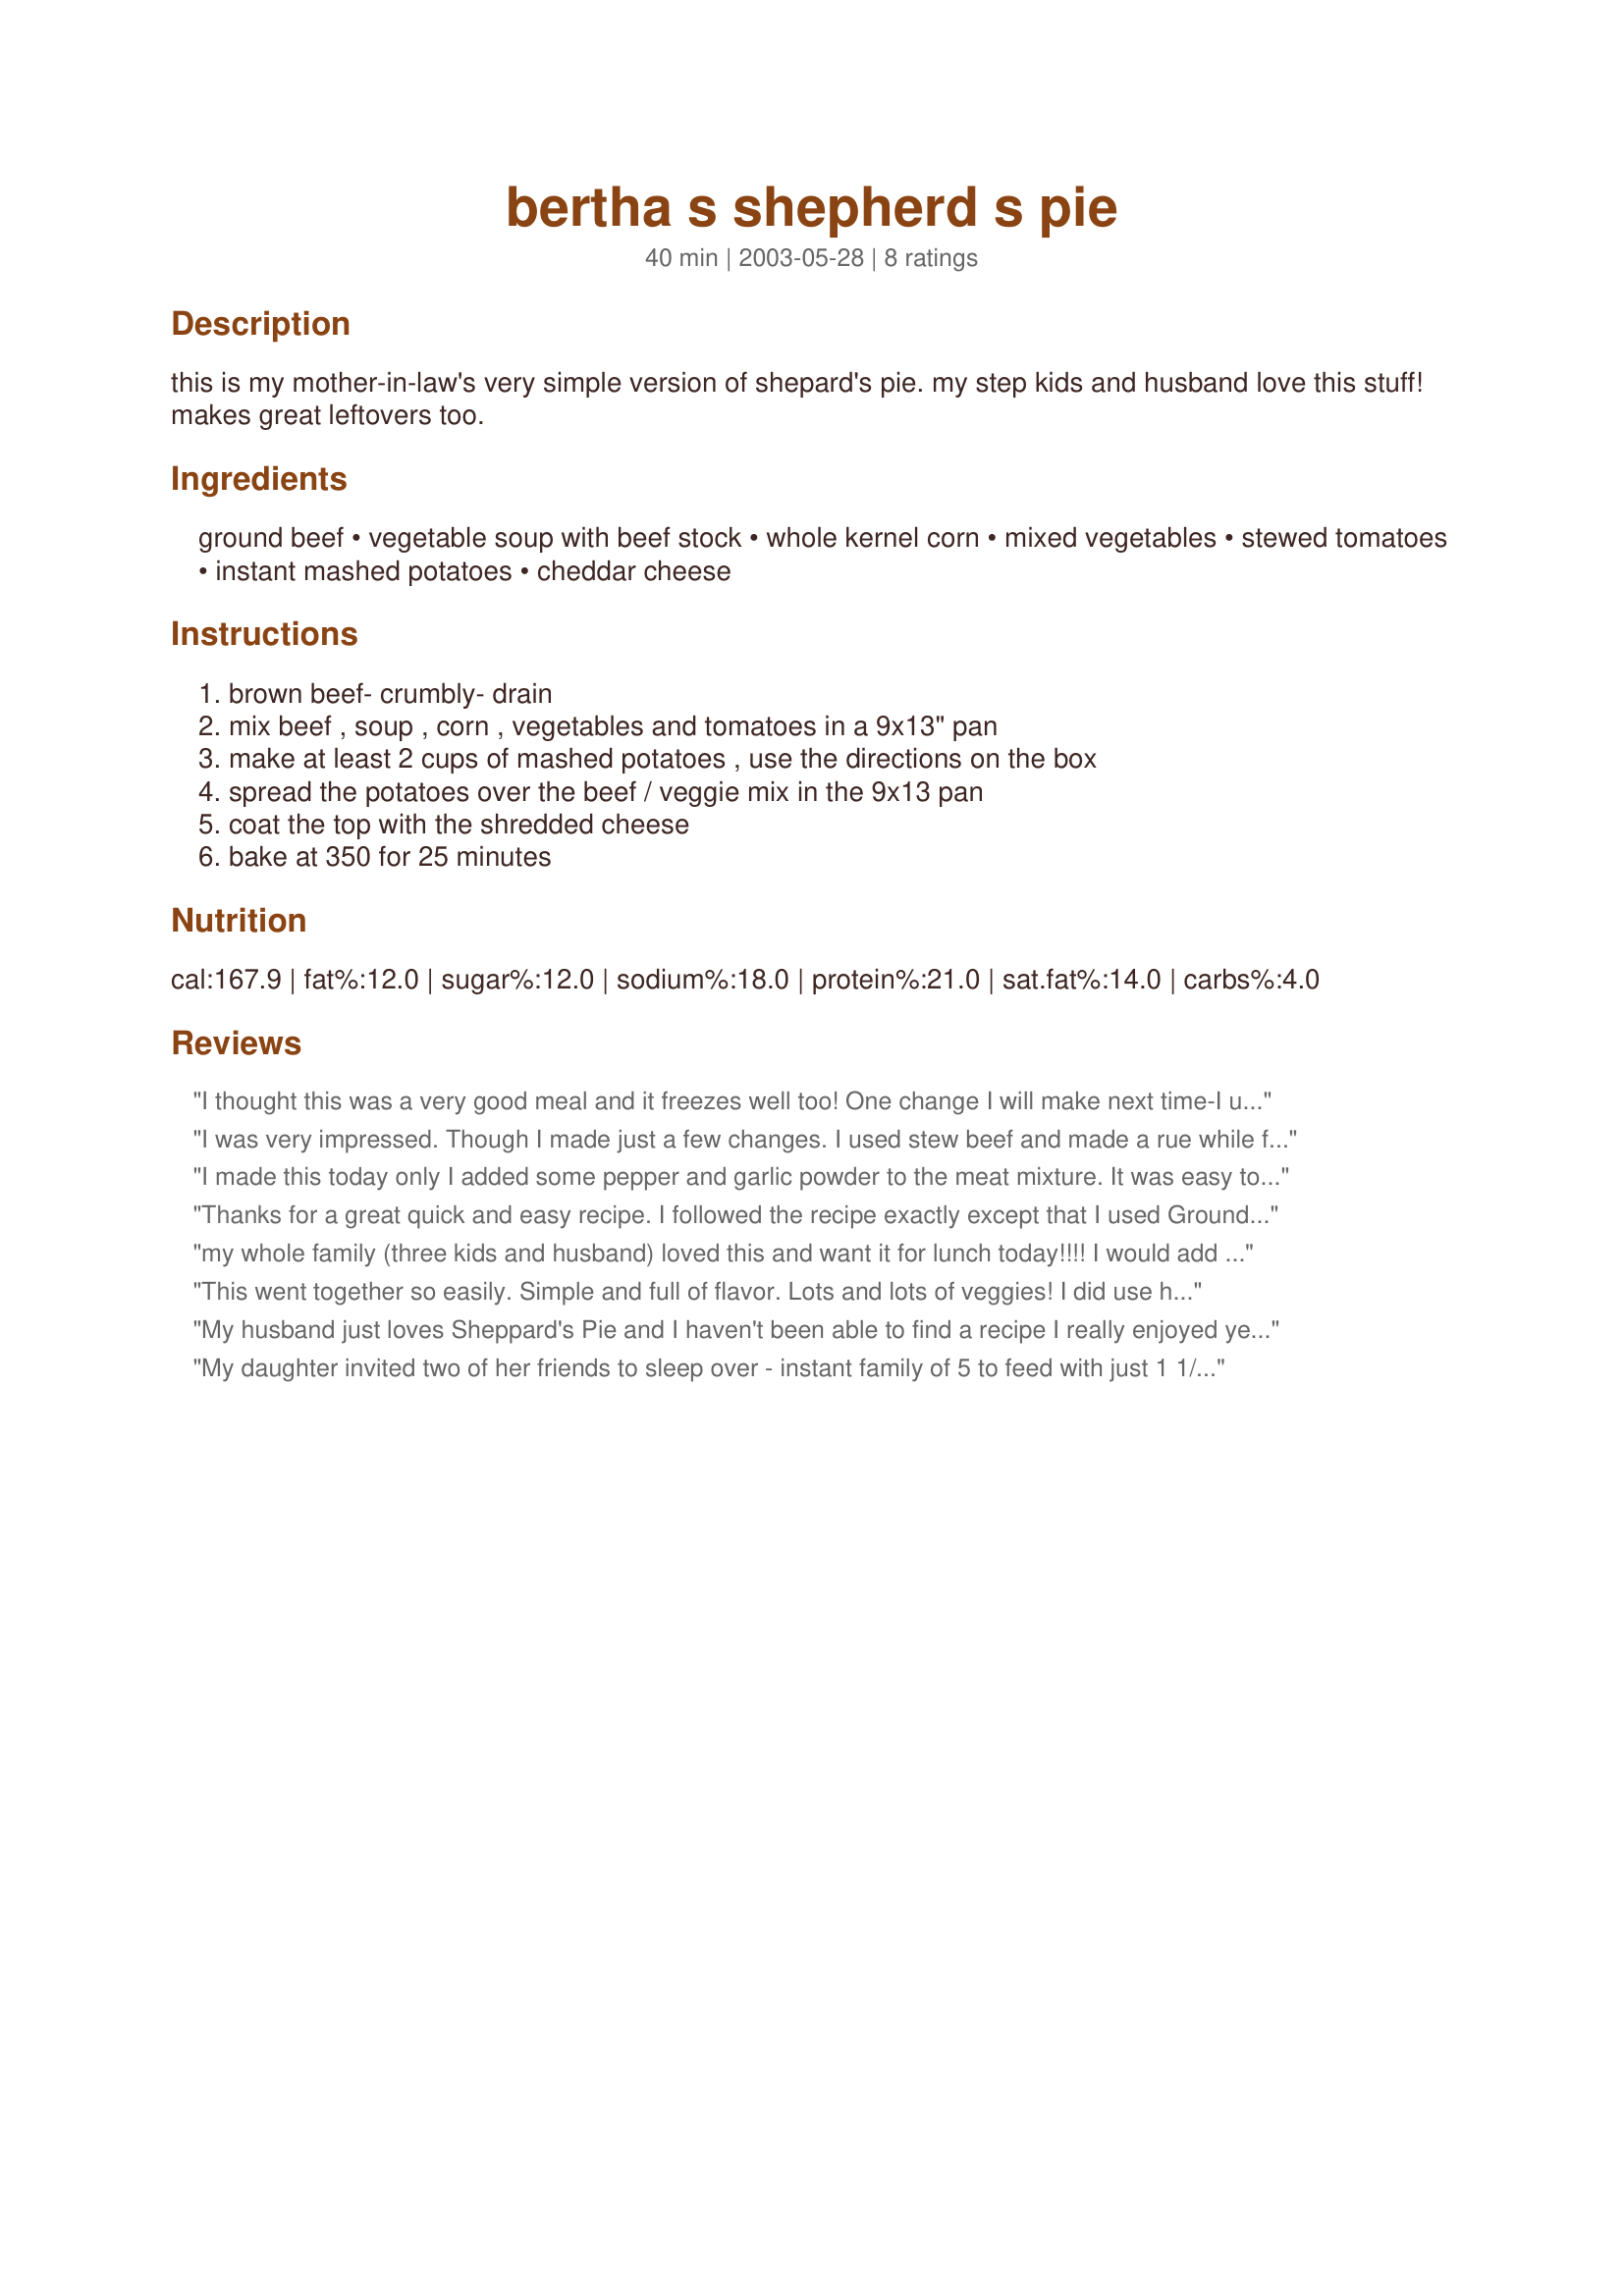
bertha s shepherd s pie
Preparation time: 40 minutes

this is my mother-in-law's very simple version of shepard's pie. my step kids and husband love this stuff! makes great leftovers too.

Ingredients:
ground beef, vegetable soup with beef stock, whole kernel corn, mixed vegetables, stewed tomatoes, instant mashed potatoes, cheddar cheese

Steps:
brown beef- crumbly- drain, mix beef , soup , corn , vegetables and tomatoes in a 9x13" pan, make at least 2 cups of mashed potatoes , use the directions on the box, spread the potatoes over the beef / veggie mix in the 9x13 pan, coat the top with the shredded cheese, bake at 350 for 25 minutes

Reviews:
I thought this was a very good meal and it freezes well too! One change I will make next time-I used the cheap instant mashed potatoes and you could tell-I will use a better quality potato next time. This will be a regular in our house.
I was very impressed. Though I made just a few changes. I used stew beef and made a rue while frying the beef before I added the beef stock. Then I added the corn with the mashed potatoes, a sneaky way to get my kids to eat their veggies. The entire thing was deliscious. Thanks.
I made this today only I added some pepper and garlic powder to the meat mixture. It was easy to put together and makes a great dish. Thanks
Thanks for a great quick and easy recipe. I followed the recipe exactly except that I used Ground Turkey, no salt added canned items and used Low Fat Cheese. Also I used the envelopes of Cheese Flavored Instant Potatoes and two of them made about 4 cups of potatoes and that worked out about right to cover everything. I served it with Crusty Bread. It was very tasty and I appreciate the recipe. It was easy to make and inexpensive.
my whole family (three kids and husband) loved this and want it for lunch today!!!! I would add onions next time....thank you for an easy and great recipe!
This went together so easily. Simple and full of flavor. Lots and lots of veggies! I did use homemade mashed potatoes and only about 1 1/2 cups of shredded cheese. Very yummy. Thanks for sharing!
My husband just loves Sheppard's Pie and I haven't been able to find a recipe I really enjoyed yet! This was easy and has the best flavor. Thanx; I finally found the one to keep! The only thing I did different was make my own garlic mashed potatoes for the top.
My daughter invited two of her friends to sleep over - instant family of 5 to feed with just 1 1/4 lb hamburger. Excellant go-to recipe as I had steak and veggie soups in cabinet. I definately will add to my 30 mins. or less meal menu. I did add some worcestershire to the filling and used some day old hot dog buns to make mini garlic breads with. It was a huge hit with all the kids (dh included). Thank you!
